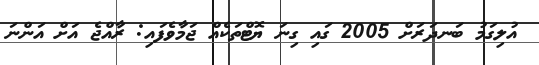
އުލިގަމު ބަނދަރަށް 2005 ގައި ގިނަ ޔޮޓްތަކެއް ޖަމާވެފައި: ރާއްޖެ އަށް އަންނަ